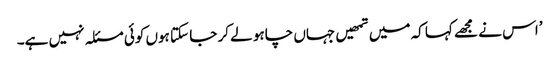
’اس نے مجھے کہا کہ میں تمھیں جہاں چاہو لے کر جا سکتا ہوں کوئی مسئلہ نہیں ہے۔